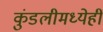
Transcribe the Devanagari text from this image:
कुंडलीमध्येही